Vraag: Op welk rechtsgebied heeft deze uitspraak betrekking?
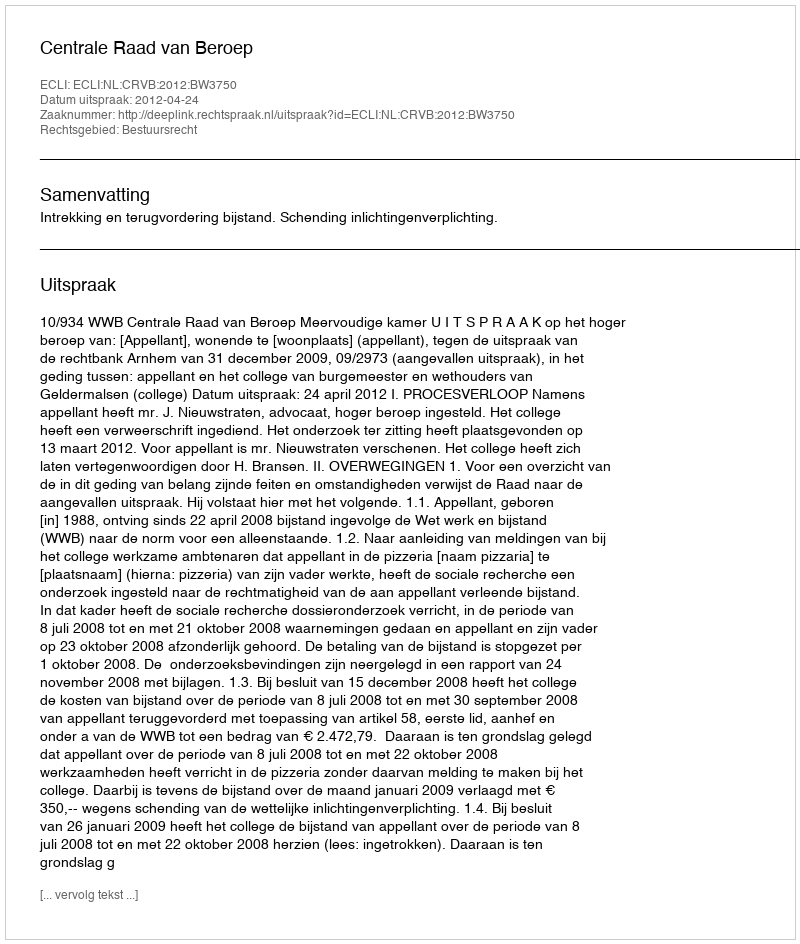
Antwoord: Bestuursrecht